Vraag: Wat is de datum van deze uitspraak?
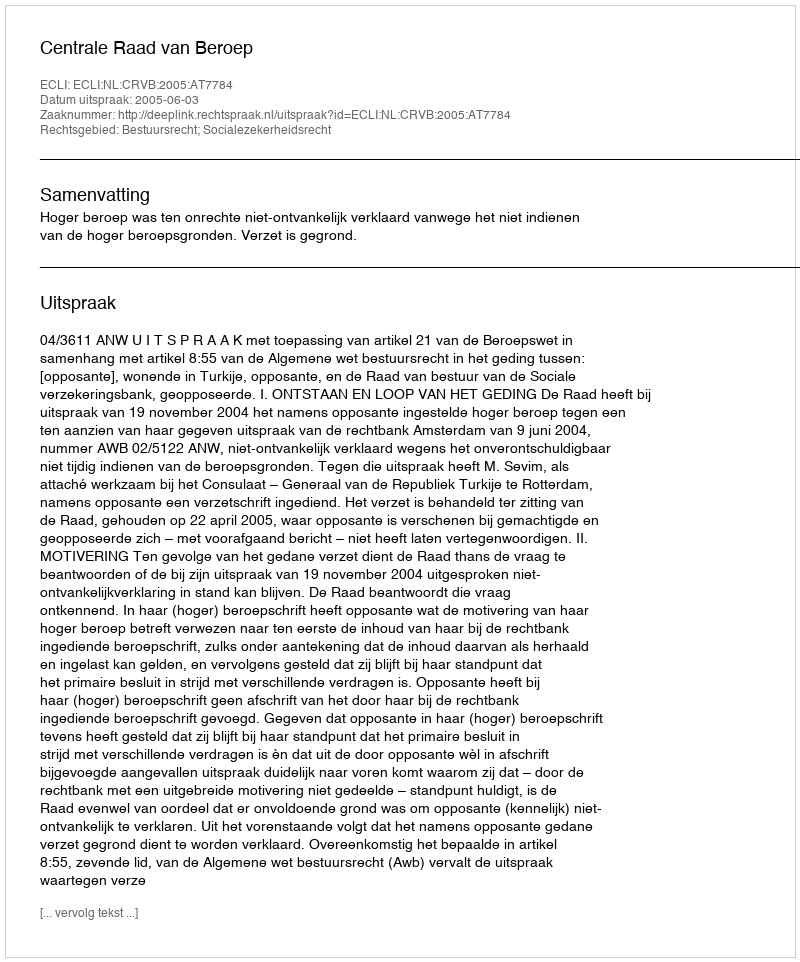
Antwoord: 2005-06-03